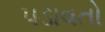
પડાવતો